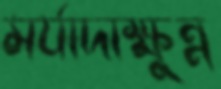
মর্যাদাক্ষুন্ন